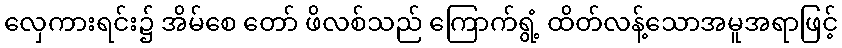
လှေကားရင်း၌ အိမ်စေ တော် ဖိလစ်သည် ကြောက်ရွံ့ ထိတ်လန့်သောအမူအရာဖြင့်